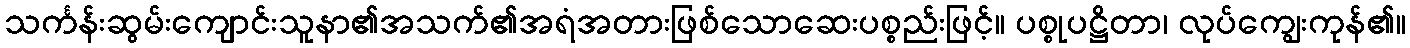
သင်္ကန်းဆွမ်းကျောင်းသူနာ၏အသက်၏အရံအတားဖြစ်သောဆေးပစ္စည်းဖြင့်။ ပစ္စုပဋ္ဌိတာ၊ လုပ်ကျွေးကုန်၏။